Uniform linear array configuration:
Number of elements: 12
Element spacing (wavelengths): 0.75
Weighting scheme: uniform
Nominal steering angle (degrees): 30
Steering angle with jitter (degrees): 28.694
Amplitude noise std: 0.05
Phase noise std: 0.05

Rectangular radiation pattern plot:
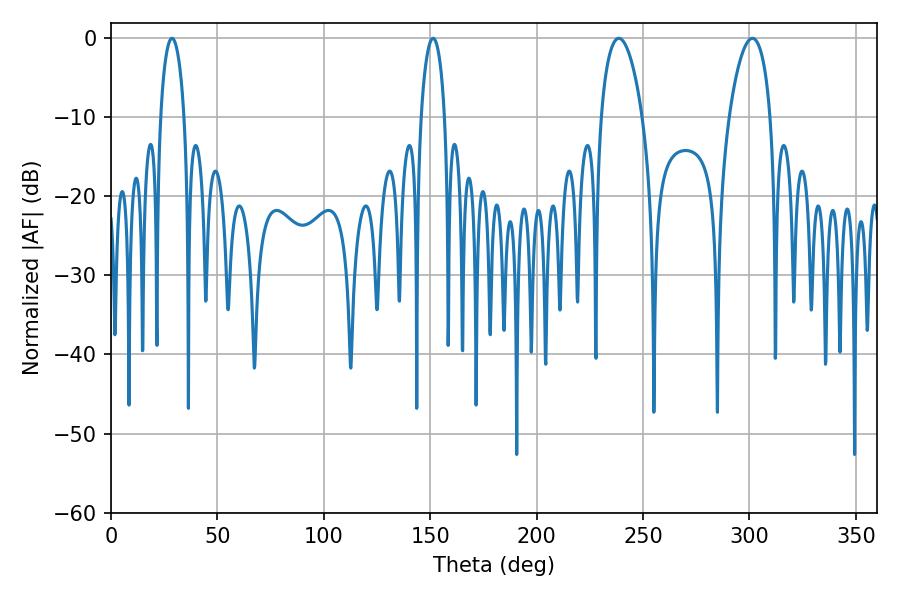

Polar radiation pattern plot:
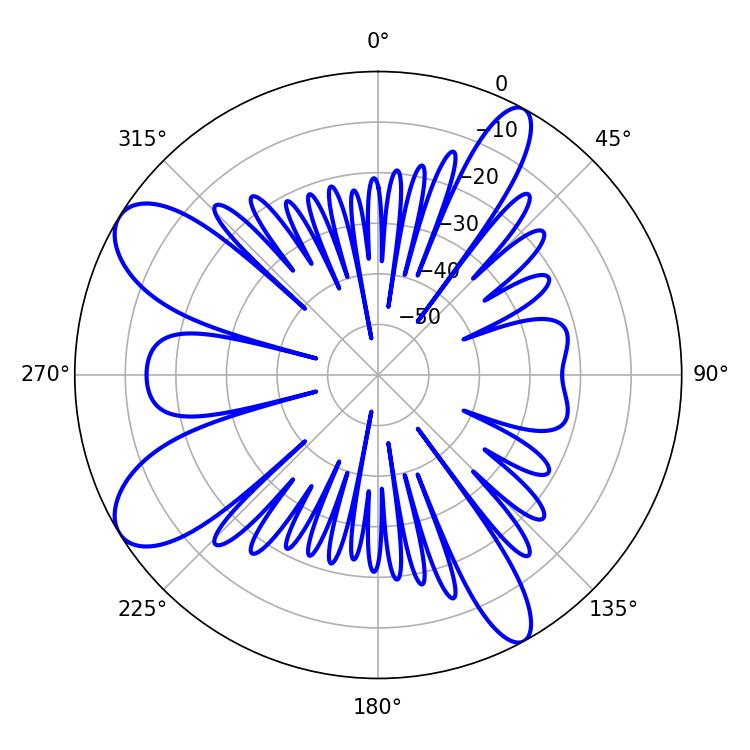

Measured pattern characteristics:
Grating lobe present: TRUE
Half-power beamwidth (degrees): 10.98
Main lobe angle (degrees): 238.68